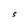
Character: S